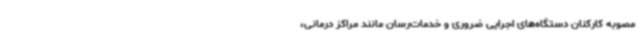
مصوبه کارکنان دستگاه‌های اجرایی ضروری و خدمات‌رسان مانند مراکز درمانی،